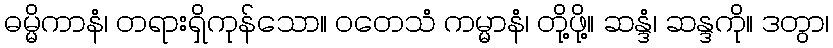
ဓမ္မိကာနံ၊ တရားရှိကုန်သော။ ဝတေသံ ကမ္မာနံ၊ တို့ဖို့။ ဆန္ဒံ၊ ဆန္ဒကို။ ဒတွာ၊